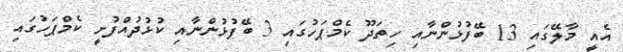
އެއީ މާލޭގައި 13 ބޭފުޅުންނާއި ހިތަދޫ ކެމްޕަހުގައި 3 ބޭފުޅުންނާއި ކުޅުދުއްފުށީ ކެމްޕަހުގައި